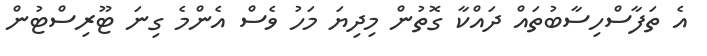
އެ ތަފާސްހިސާބުތައް ދައްކާ ގޮތުން މިދިޔަ މަހު ވެސް އެންމެ ގިނަ ޓޫރިސްޓުން